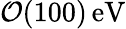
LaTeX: \mathcal{O}(100)\, \mathrm{eV}